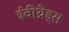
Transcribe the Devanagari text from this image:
ईवीथ्रेड्स